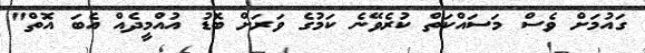
ގައުމަށް ވެސް މަސައްކަތް ކުރެވޭނެ ކަމުގެ ވަރަށް ބޮޑު އުއްމީދެއް އެބަ އޮތް"